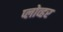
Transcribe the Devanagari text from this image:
प्लोव्हर